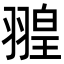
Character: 𦑠